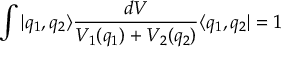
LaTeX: \int | q _ { 1 } , q _ { 2 } \rangle \frac { d V } { V _ { 1 } ( q _ { 1 } ) + V _ { 2 } ( q _ { 2 } ) } \langle q _ { 1 } , q _ { 2 } | = 1